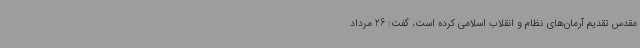
مقدس تقدیم آرمان‌های نظام و انقلاب اسلامی کرده است، گفت: 26 مرداد